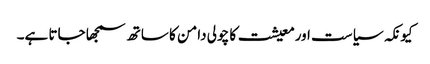
کیونکہ سیاست اورمعیشت کا چولی دامن کا ساتھ سمجھا جاتا ہے۔